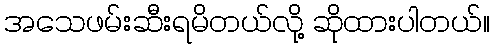
အသေဖမ်းဆီးရမိတယ်လို့ ဆိုထားပါတယ်။